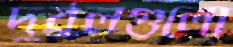
দুর্বলগুলো